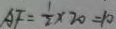
A F = \frac { 1 } { 2 } \times 2 0 = 1 0